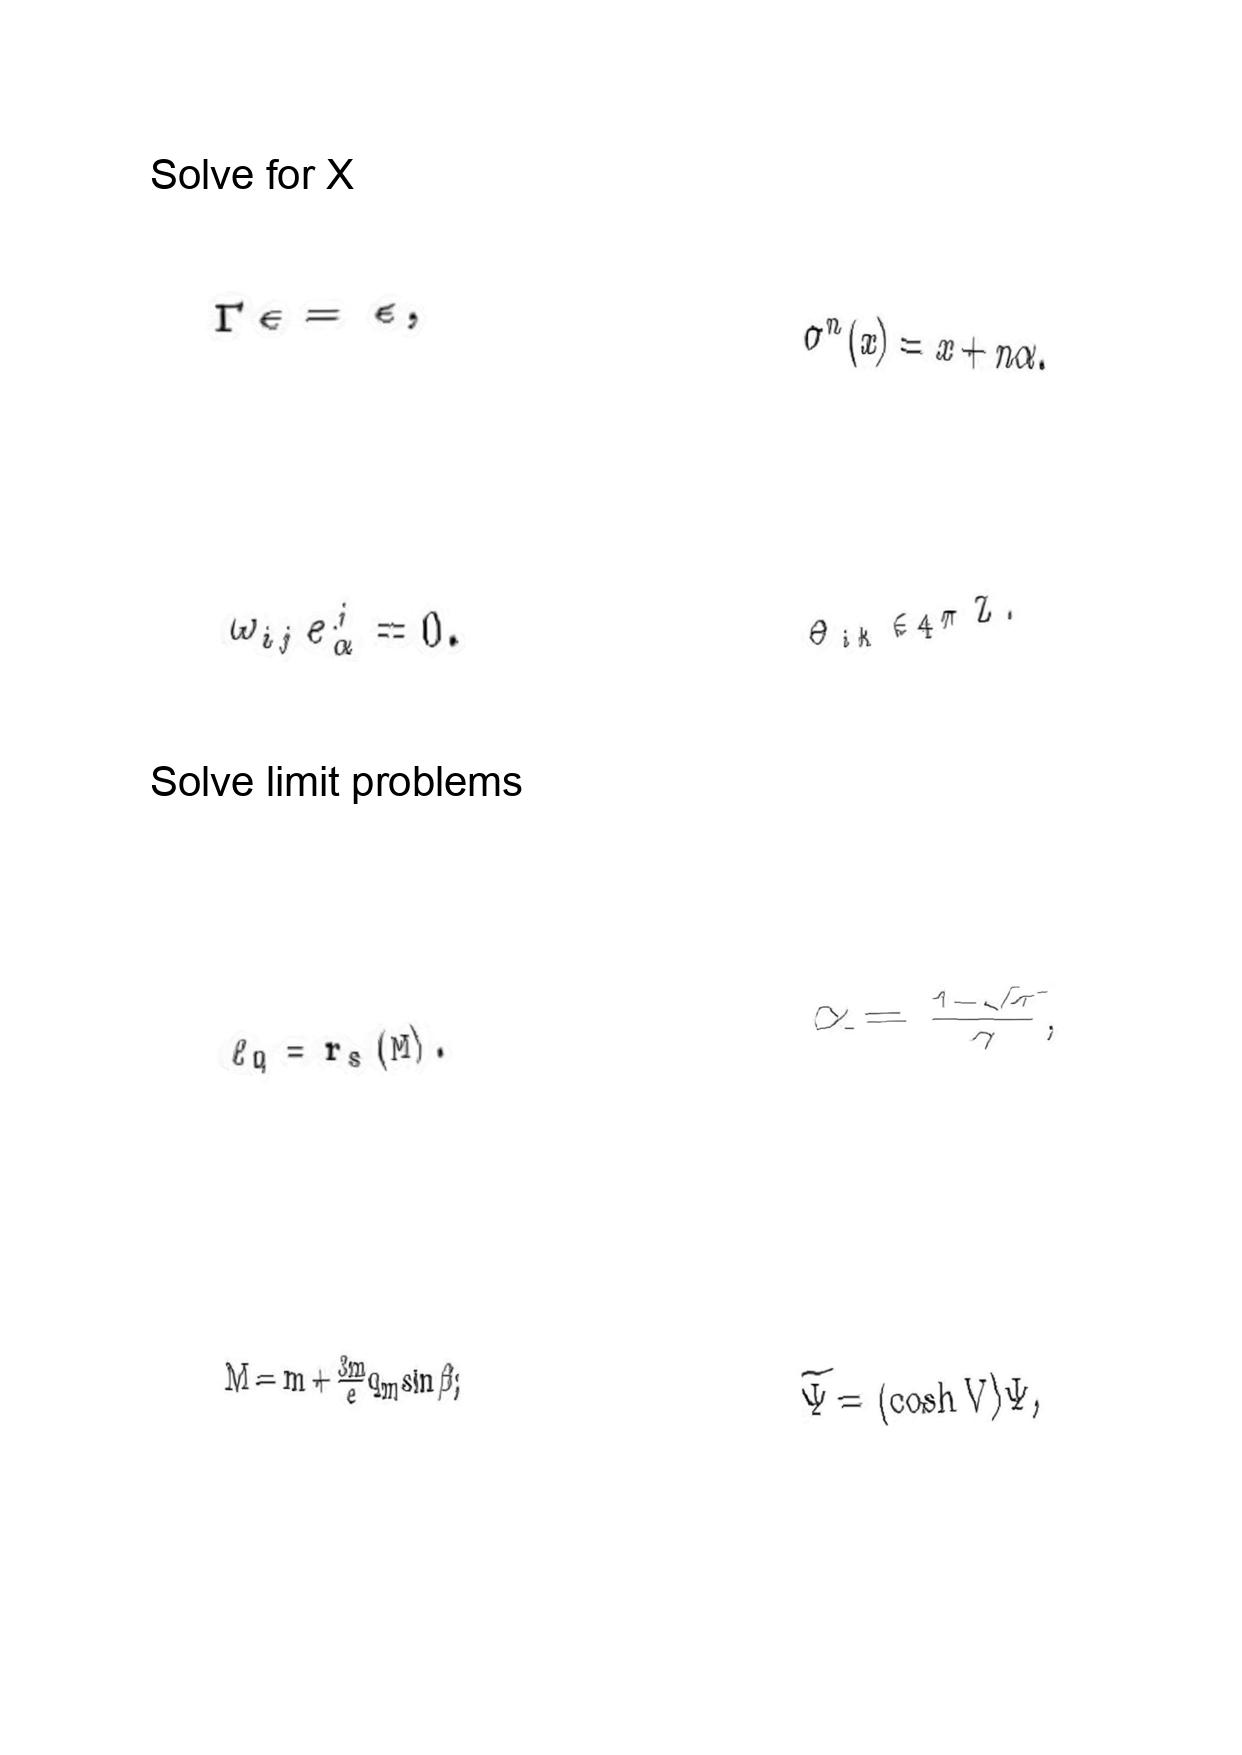
LaTeX transcription:
\Gamma \epsilon = \epsilon ,
\omega _ { i j } e ^ { j } _ { \alpha } = 0 .
\ell _ { Q } = r _ { s } \lparen M \rparen .
M = m + \frac { 3 m } { e } q _ { m } \sin \beta ;
\sigma ^ { n } \lparen x \rparen = x + n \alpha .
\Theta _ { i k } \in 4 \pi \mathrm { \space Z } .
\alpha = \frac { 1 - \sqrt { \tau } } { \gamma } ,
\tilde { \Psi } = \lparen \cosh V \rparen \Psi ,